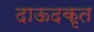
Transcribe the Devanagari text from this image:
दाऊदकृत